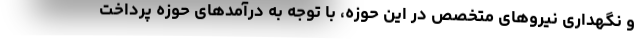
و نگهداری نیروهای متخصص در این حوزه، با توجه به درآمدهای حوزه پرداخت